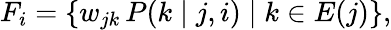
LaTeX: F_{i}=\left\{ w_{jk}\, P(k\mid j,i)\mid k\in E(j)\right\} ,